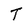
Character: T